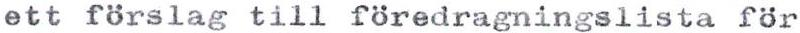
ett förslag till föredragningslista för